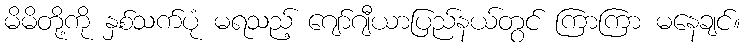
မိမိတို့ကို နှစ်သက်ပုံ မရသည့် ဂျော်ဂျီယာပြည်နယ်တွင် ကြာကြာ မနေချင်။